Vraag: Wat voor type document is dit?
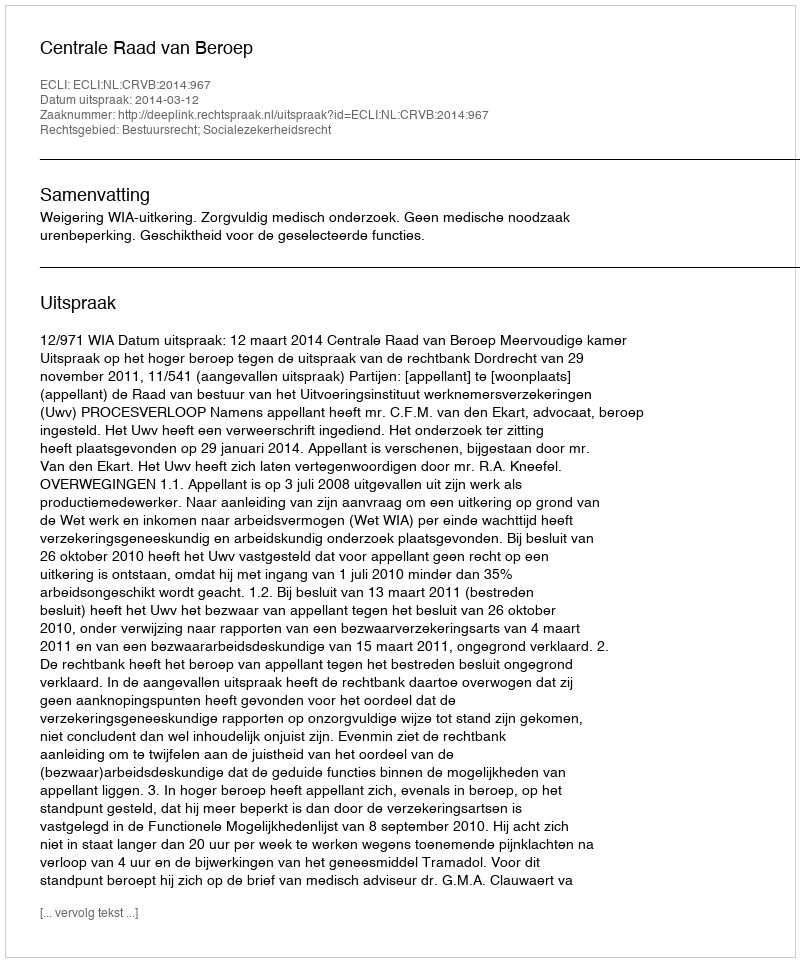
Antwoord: Uitspraak